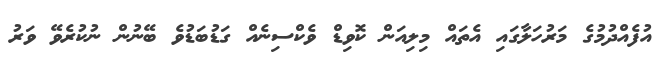
އުފެއްދުމުގެ މަރުހަލާގައި އެތައް މިލިއަން ކޮވިޑް ވެކްސިނެއް ގަޑުބަޑުވެ ބޭނުން ނުކުރެވޭ ވަރު